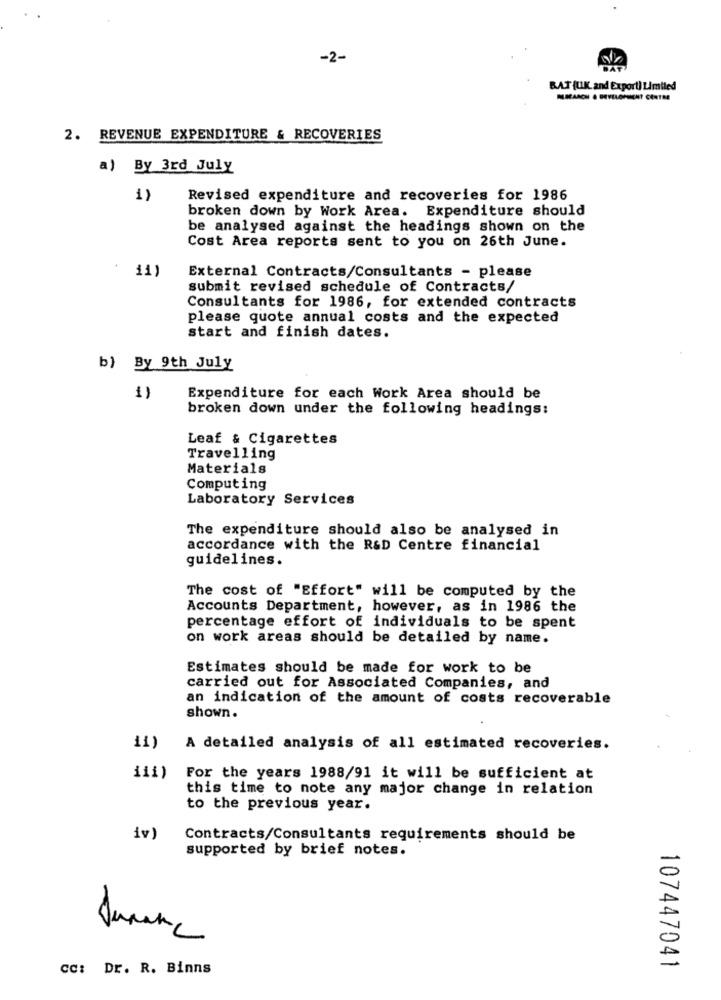
-2-
BAT (UK. and Export) Limited
2. REVENUE EXPENDITURE & RECOVERIES
a) By 3rd July
1)
Revised expenditure and recoveries for 1986
broken down by Work Area. Expenditure should
be analysed against the headings shown on the
Cost Area reports sent to you on 26th June.
11)
External Contracts/Consultants - please
submit revised schedule of Contracts/
Consultants for 1986, for extended contracts
please quote annual costs and the expected
start and finish dates.
b) By 9th July
Expenditure for each Work Area should be
broken down under the following headings:
Leaf & Cigarettes
Travelling
Materials
Computing
Laboratory Services
The expenditure should also be analysed in
accordance with the R&D Centre financial
guidelines.
The cost of "Effort" will be computed by the
Accounts Department, however, as in 1986 the
percentage effort of individuals to be spent
on work areas should be detailed by name.
Estimates should be made for work to be
carried out for Associated Companies, and
an indication of the amount of costs recoverable
shown.
11)
A detailed analysis of all estimated recoveries.
111)
For the years 1988/91 it will be sufficient at
this time to note any major change in relation
to the previous year.
iv]
Contracts/Consultants requirements should be
supported by brief notes.
cc: Dr. R. Binns
107447041